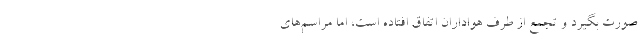
صورت بگیرد و تجمع از طرف هواداران اتفاق افتاده است، اما مراسم‌های